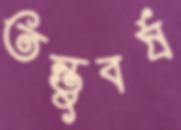
তন্তুবর্ষ